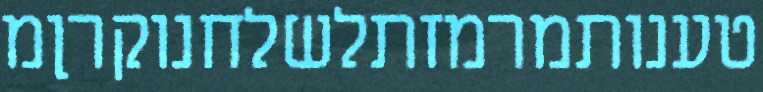
טענותמרמזתלשלחנוקרןמ